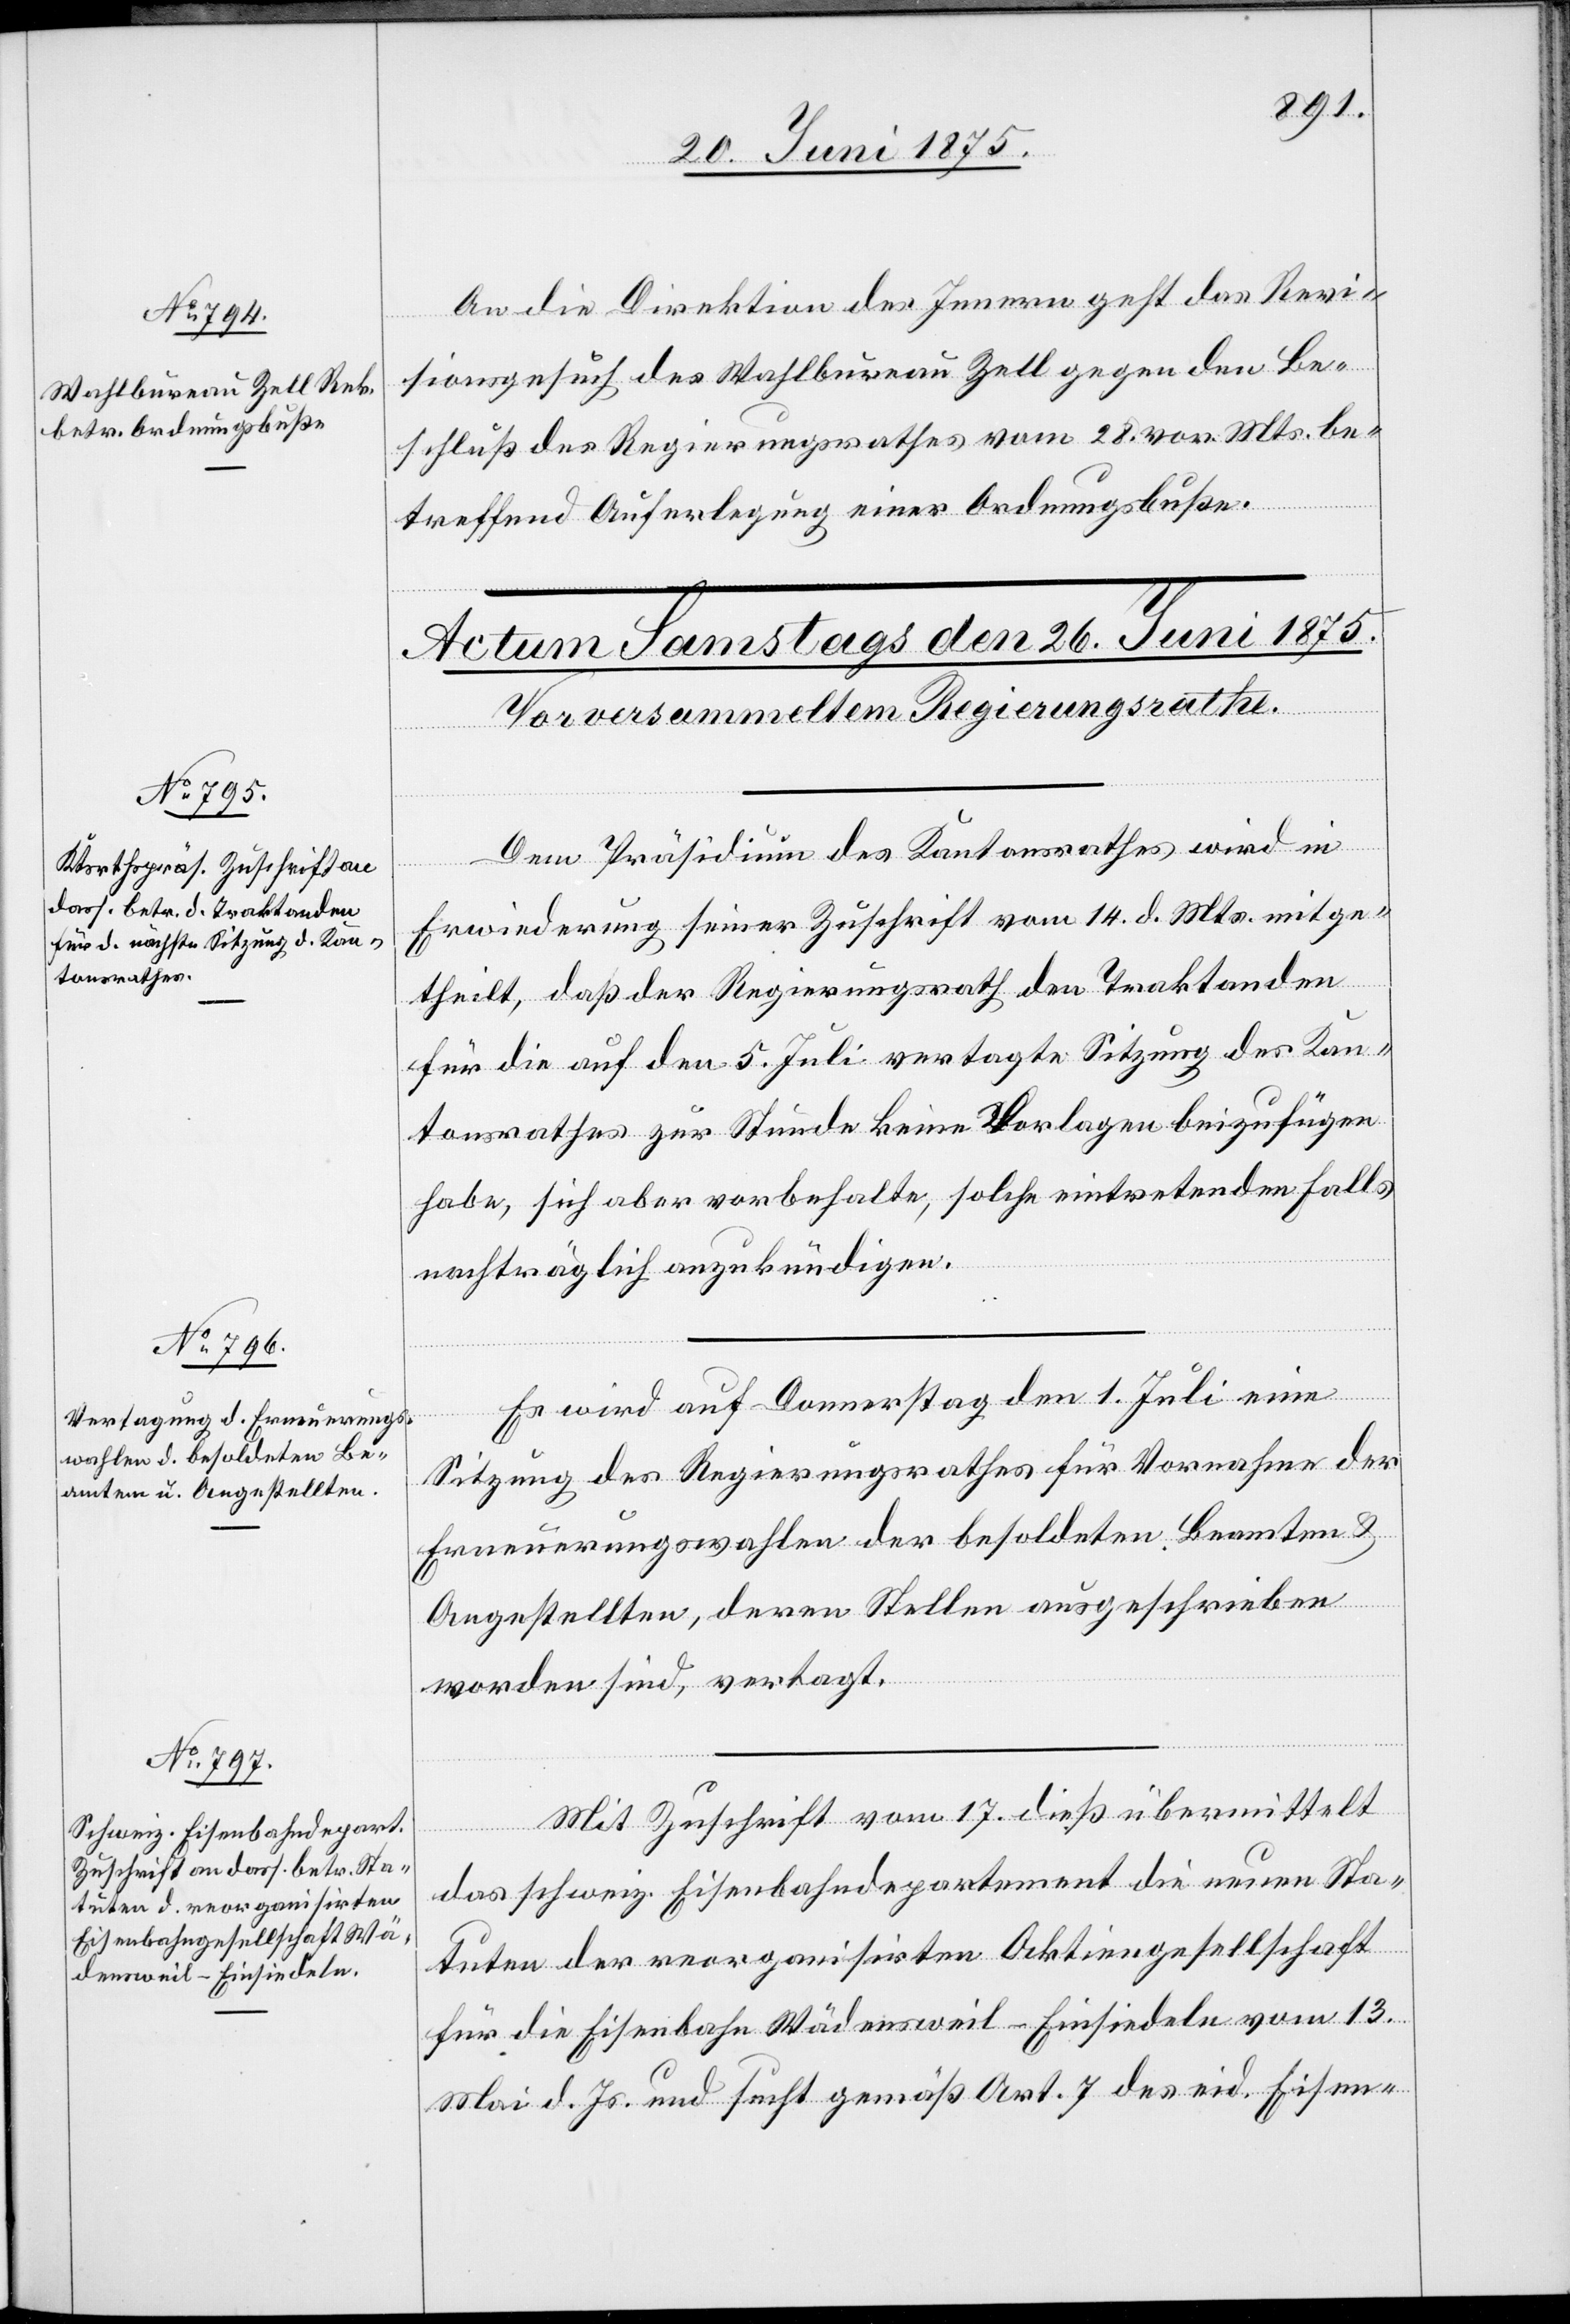
25. Juni 1875.]
An die Direktion des Innern geht das Revi¬
sionsgesuch des Wahlbureau Zell gegen den Be¬
schluß des Regierungsrathes vom 28. vor. Mts. be¬
treffend Auferlegung einer Ordnungsbuße.
Dem Präsidium des Kantonsrathes wird in
Erwiederung seiner Zuschrift vom 14. d. Mts. mitge¬
theilt, daß der Regierungsrath den Traktanden
für die auf den 5. Juli vertagte Sitzung des Kan¬
tonsrathes zur Stunde keine Vorlagen beizufügen
habe, sich aber vorbehalte, solche eintretenden Falls
nachträglich anzukündigen.
Es wird auf Donnerstag den 1. Juli eine
Sitzung des Regierungsrathes für Vornahme der
Erneuerungswahlen der besoldeten Beamten &
angestellten, deren Stellen ausgeschrieben
worden sind, vertagt.
Mit Zuschrift vom 17. dieß übermittelt
das schweiz. Eisenbahndepartement die neuen Sta¬
tuten der reorganisirten Aktiengesellschaft
für die Eisenbahn Wädensweil–Einsiedeln vom 13.
Mai d. Js. und sucht gemäß Art. 7 des eid. Eisen-